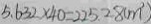
5 . 6 3 2 \times 4 0 = 2 2 5 . 2 8 ( m ^ { 2 } )